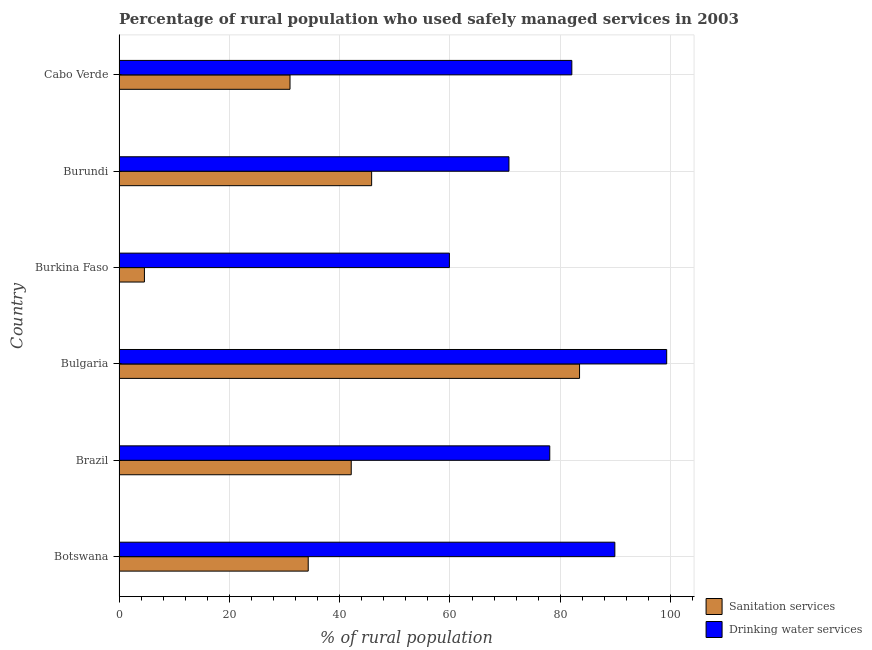
| Country | Sanitation services | Drinking water services |
 | --- | --- | --- |
 | Botswana | 34.3 | 89.9 |
 | Brazil | 42.1 | 78.1 |
 | Bulgaria | 83.5 | 99.3 |
 | Burkina Faso | 4.6 | 59.9 |
 | Burundi | 45.8 | 70.7 |
 | Cabo Verde | 31 | 82.1 |